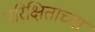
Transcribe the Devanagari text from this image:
परिक्षिताच्या